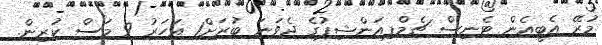
މުރޭ އެބީއެން ޓެނިސް ޗެމްޕިއަންޝިޕުގެ ދެވަނަ ބުރަށް1 އަހަރު 9 މަސް ކުރިން.